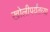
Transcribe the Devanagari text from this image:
खोलीपर्यंतच्या